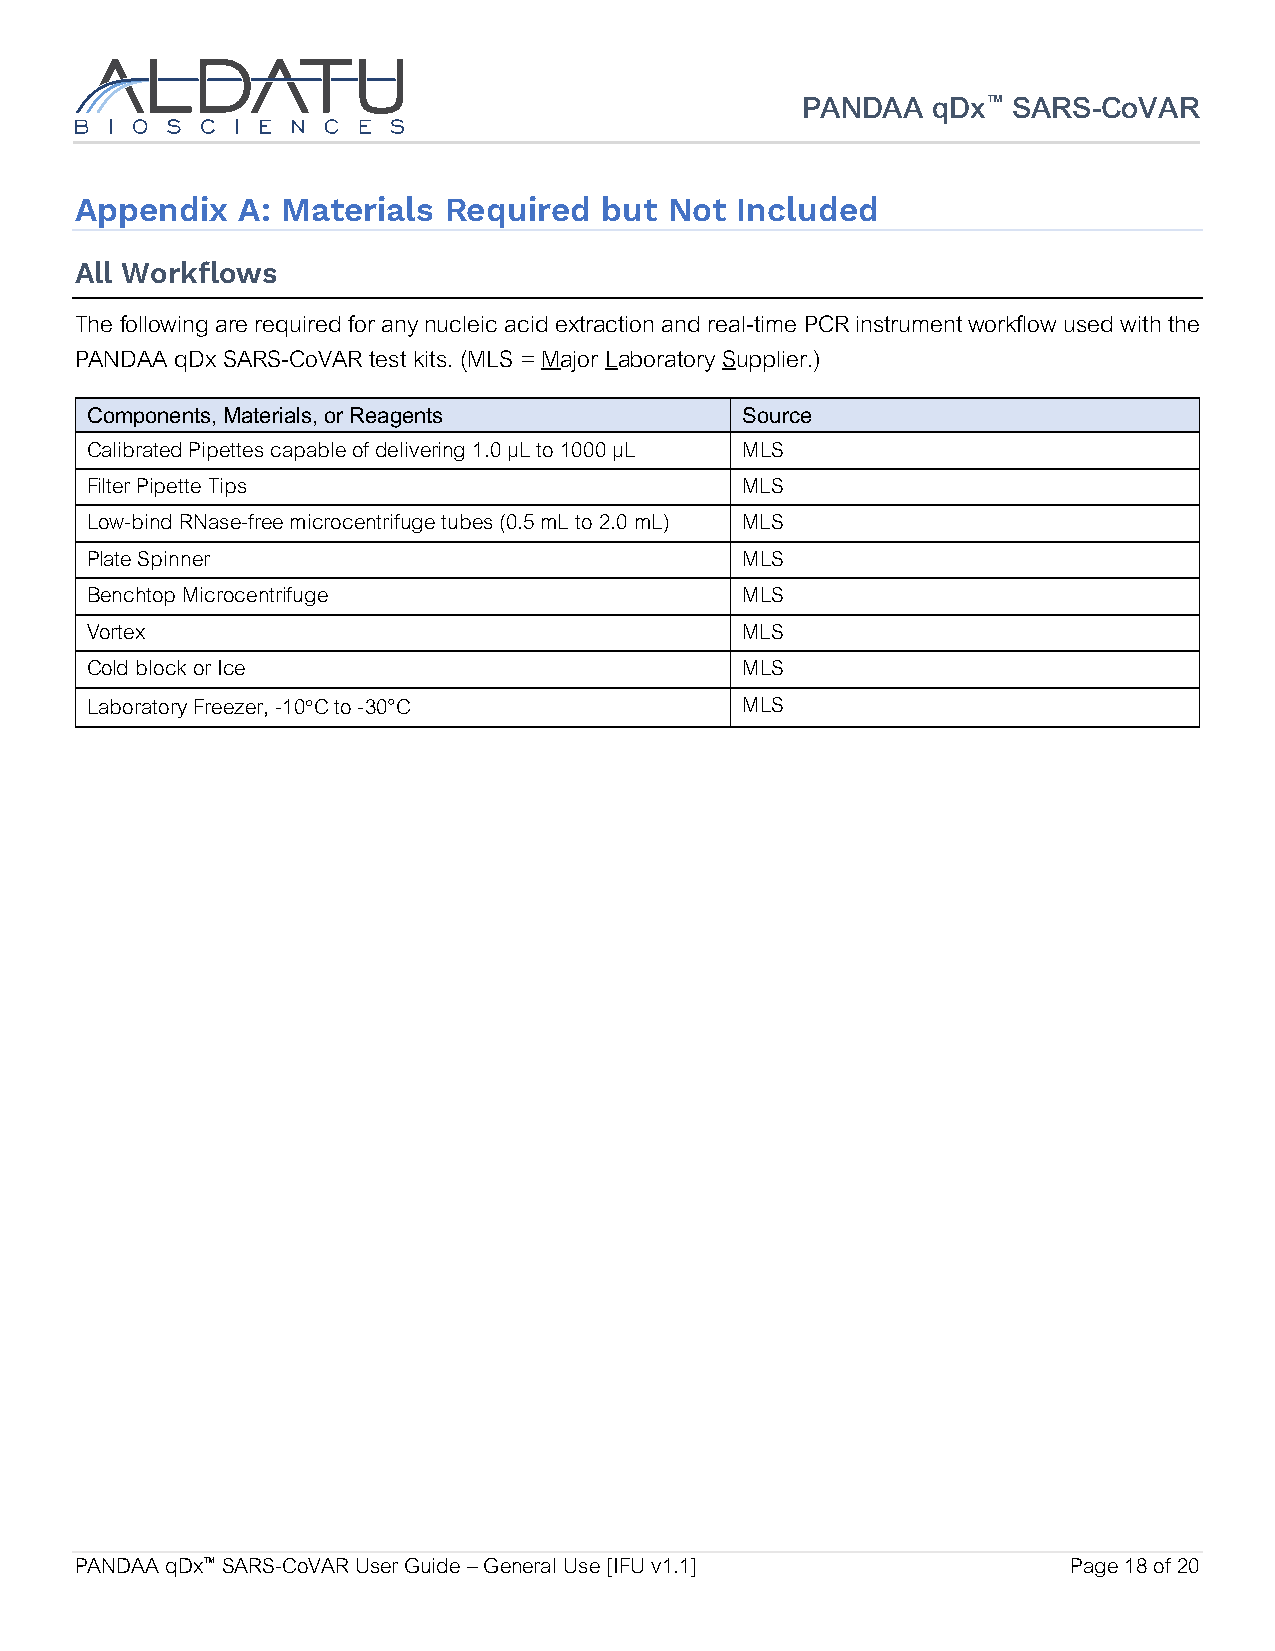
PANDAA   qDx™ SARS-CoVAR
 Appendix   A: Materials Required   but Not  Included
 All Workflows
 The following are required for any nucleic acid extraction and real-time PCR instrument workflow used with the
 PANDAA qDx SARS-CoVAR test kits. (MLS = Major Laboratory Supplier.)
 Components, Materials, or Reagents         Source
 Calibrated Pipettes capable of delivering 1.0 μL to 1000 μL MLS
 Filter Pipette Tips                        MLS
 Low-bind RNase-free microcentrifuge tubes (0.5 mL to 2.0 mL) MLS
 Plate Spinner                              MLS
 Benchtop Microcentrifuge                   MLS
 Vortex                                     MLS
 Cold block or Ice                          MLS
 Laboratory Freezer, -10°C to -30°C         MLS
 PANDAA qDx™ SARS-CoVAR User Guide – General Use [IFU v1.1]        Page 18 of 20